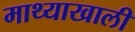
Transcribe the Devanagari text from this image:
माथ्याखाली